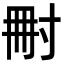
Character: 𡬬